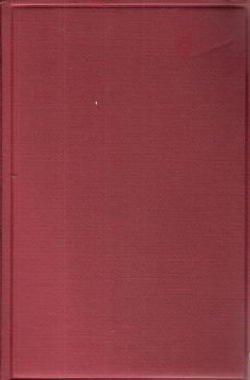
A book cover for Unfathomed Japan;: A travel tale in the highways and byways of Japan and Formosa; H. W Foght; Travel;